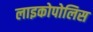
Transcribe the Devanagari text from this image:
लाइकोपोलिस